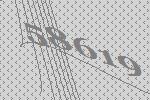
58619